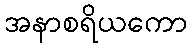
အနာစရိယကော